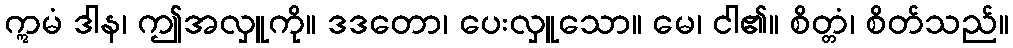
ဣမံ ဒါန၊ ဤအလှူကို။ ဒဒတော၊ ပေးလှူသော။ မေ၊ ငါ၏။ စိတ္တံ၊ စိတ်သည်။